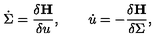
\dot { \Sigma } = \frac { \delta { \bf H } } { \delta u } , \qquad \dot { u } = - \frac { \delta { \bf H } } { \delta \Sigma } ,